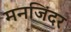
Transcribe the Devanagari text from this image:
मनजिंदर